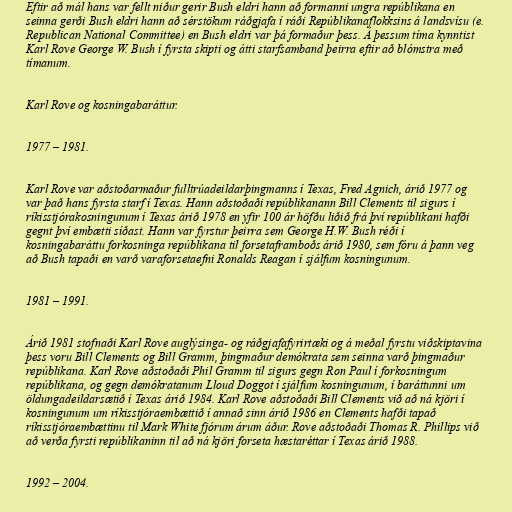
Eftir að mál hans var fellt niður gerir Bush eldri hann að formanni ungra repúblikana en
seinna gerði Bush eldri hann að sérstökum ráðgjafa í ráði Repúblikanaflokksins á landsvísu (e.
Republican National Committee) en Bush eldri var þá formaður þess. Á þessum tíma kynntist
Karl Rove George W. Bush í fyrsta skipti og átti starfsamband þeirra eftir að blómstra með
tímanum.

Karl Rove og kosningabaráttur.

1977 – 1981.

Karl Rove var aðstoðarmaður fulltrúadeildarþingmanns í Texas, Fred Agnich, árið 1977 og
var það hans fyrsta starf í Texas. Hann aðstoðaði repúblikanann Bill Clements til sigurs í
ríkisstjórakosningunum í Texas árið 1978 en yfir 100 ár höfðu liðið frá því repúblikani hafði
gegnt því embætti síðast. Hann var fyrstur þeirra sem George H.W. Bush réði í
kosningabaráttu forkosninga repúblikana til forsetaframboðs árið 1980, sem fóru á þann veg
að Bush tapaði en varð varaforsetaefni Ronalds Reagan í sjálfum kosningunum.

1981 – 1991.

Árið 1981 stofnaði Karl Rove auglýsinga- og ráðgjafafyrirtæki og á meðal fyrstu viðskiptavina
þess voru Bill Clements og Bill Gramm, þingmaður demókrata sem seinna varð þingmaður
repúblikana. Karl Rove aðstoðaði Phil Gramm til sigurs gegn Ron Paul í forkosningum
repúblikana, og gegn demókratanum Lloud Doggot í sjálfum kosningunum, í baráttunni um
öldungadeildarsætið í Texas árið 1984. Karl Rove aðstoðaði Bill Clements við að ná kjöri í
kosningunum um ríkisstjóraembættið í annað sinn árið 1986 en Clements hafði tapað
ríkisstjóraembættinu til Mark White fjórum árum áður. Rove aðstoðaði Thomas R. Phillips við
að verða fyrsti repúblikaninn til að ná kjöri forseta hæstaréttar í Texas árið 1988.

1992 – 2004.